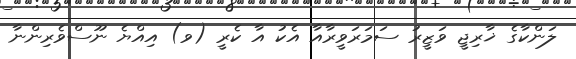
ލަންކާގެ ޚާރިޖީ ވަޒީރު ސަމަރަވީރާއާ އެކު އާ ކެރީ (ވ) އިއްޔެ ނޫސްވެރިންނާ